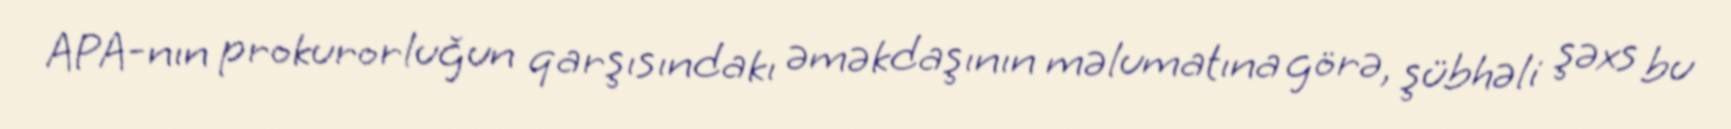
APA-nın prokurorluğun qarşısındakı əməkdaşının məlumatına görə, şübhəli şəxs bu